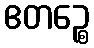
ဧတဉ္စေ